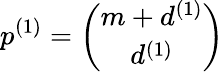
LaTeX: p^{(1)}=\binom{m+d^{(1)}}{d^{(1)}}